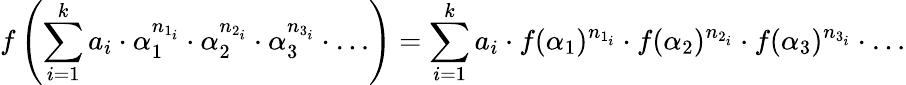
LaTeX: f\left(\sum_{i=1}^{k}a_{i}\cdot\alpha_{1}^{n_{1_{i}}}\cdot\alpha_{2}^{n_{2_{i}}}\cdot\alpha_{3}^{n_{3_{i}}}\cdot\dots\right)=\sum_{i=1}^{k}a_{i}\cdot f(\alpha_{1})^{n_{1_{i}}}\cdot f(\alpha_{2})^{n_{2_{i}}}\cdot f(\alpha_{3})^{n_{3_{i}}}\cdot\dots